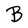
Character: B